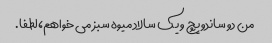
من دو ساندویچ و یک سالاد میوه سبز می خواهم، لطفا.